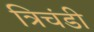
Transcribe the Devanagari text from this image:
त्रिचंडी